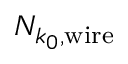
N _ { k _ { 0 } , \mathrm { w i r e } }